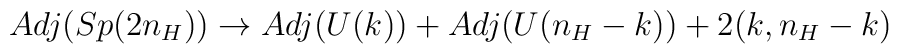
Adj(Sp(2n_H)) \to Adj(U(k)) + Adj(U(n_H-k)) + 2(k,n_H-k)